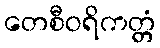
တေစီဝရိကတ္တံ